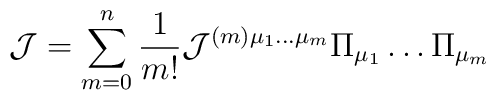
{\cal J}=\sum_{m=0}^{n}\frac{1}{m!}{\cal J}^{(m)\mu_1\dots\mu_m} \Pi_{\mu_1}\dots\Pi_{\mu_m}